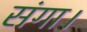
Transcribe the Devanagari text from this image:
संगा।